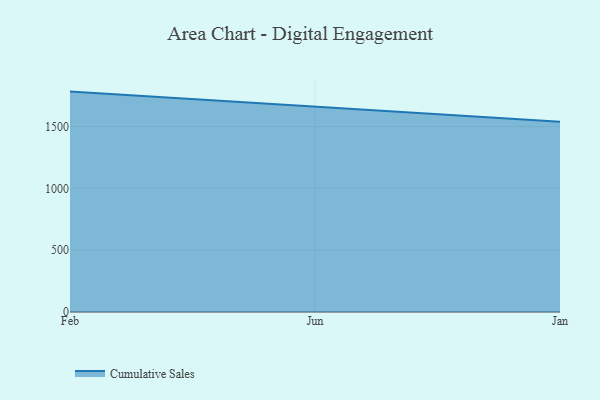
{"axis": {"x": "Month", "y": "Headcount"}, "legend": ["Cumulative Sales"], "data": [{"x": "Feb", "y": 1782.7, "type": "Cumulative Sales"}, {"x": "Jun", "y": 1663.9, "type": "Cumulative Sales"}, {"x": "Jan", "y": 1539.4, "type": "Cumulative Sales"}]}